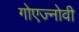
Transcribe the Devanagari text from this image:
गोएज्नोवी